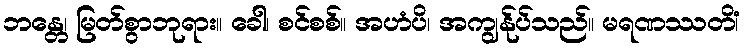
ဘန္တေ၊ မြတ်စွာဘုရား။ ခေါ၊ စင်စစ်။ အဟံပိ၊ အကျွန်ုပ်သည်။ မရဏဿတိံ၊